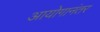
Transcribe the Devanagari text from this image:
आयोगानंतर